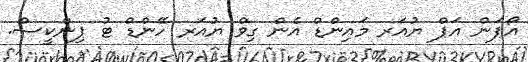
އޯޕަން އަޕް ޔުއަރ މައިންޑް އެން ގިވް ޔުއަރ ހޭންޑް ޓު ޕިންކީސް.